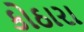
કોઠારા